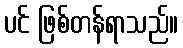
ပင် ဖြစ်တန်ရာသည်။